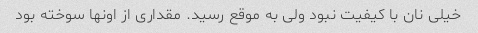
خیلی نان با کیفیت نبود ولی به موقع رسید. مقداری از اونها سوخته بود